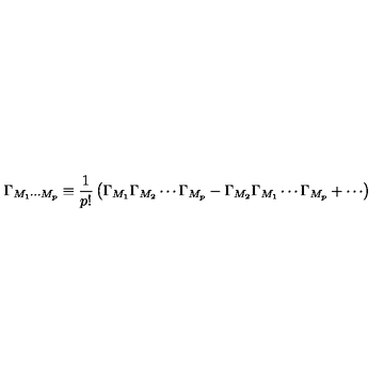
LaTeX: \Gamma _ { M _ { 1 } \cdots M _ { p } } \equiv \frac { 1 } { p ! } \left( \Gamma _ { M _ { 1 } } \Gamma _ { M _ { 2 } } \cdots \Gamma _ { M _ { p } } - \Gamma _ { M _ { 2 } } \Gamma _ { M _ { 1 } } \cdots \Gamma _ { M _ { p } } + \cdots \right)